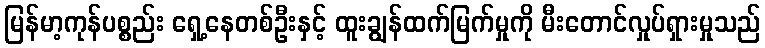
မြန်မာ့ကုန်ပစ္စည်း ရှေ့နေတစ်ဦးနှင့် ထူးချွန်ထက်မြက်မှုကို မီးတောင်လှုပ်ရှားမှုသည်